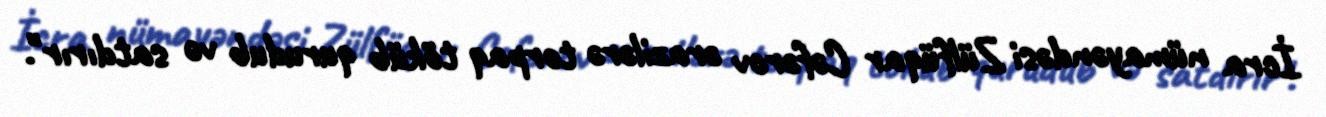
İcra nümayəndəsi Zülfüqar Cəfərov ərazilərə torpaq töküb qurudub və satdırır".